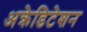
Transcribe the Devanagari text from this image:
अक्रेडिटेशन